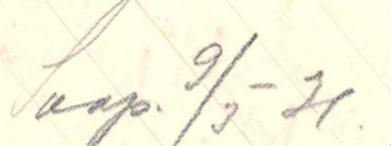
Saap 9/3-31.